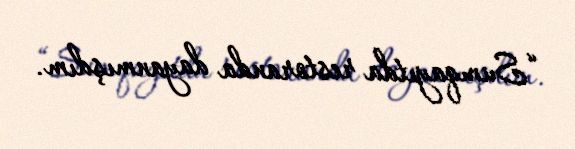
“Sumqayıtda restoranda dayanmışdım.